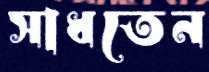
সাধতেন